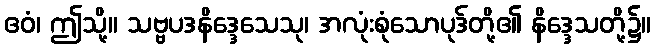
ဧဝံ၊ ဤသို့။ သဗ္ဗပဒနိဒ္ဒေသေသု၊ အလုံးစုံသောပုဒ်တို့၏ နိဒ္ဒေသတို့၌။